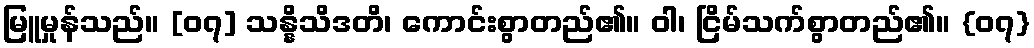
မြူမှုန်သည်။ [၀၇] သန္နိသိဒတိ၊ ကောင်းစွာတည်၏။ ဝါ၊ ငြိမ်သက်စွာတည်၏။ {၀၇}